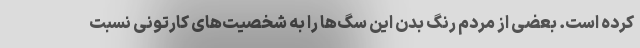
کرده است. بعضی از مردم رنگ بدن این سگ‌ها را به شخصیت‌های کارتونی نسبت